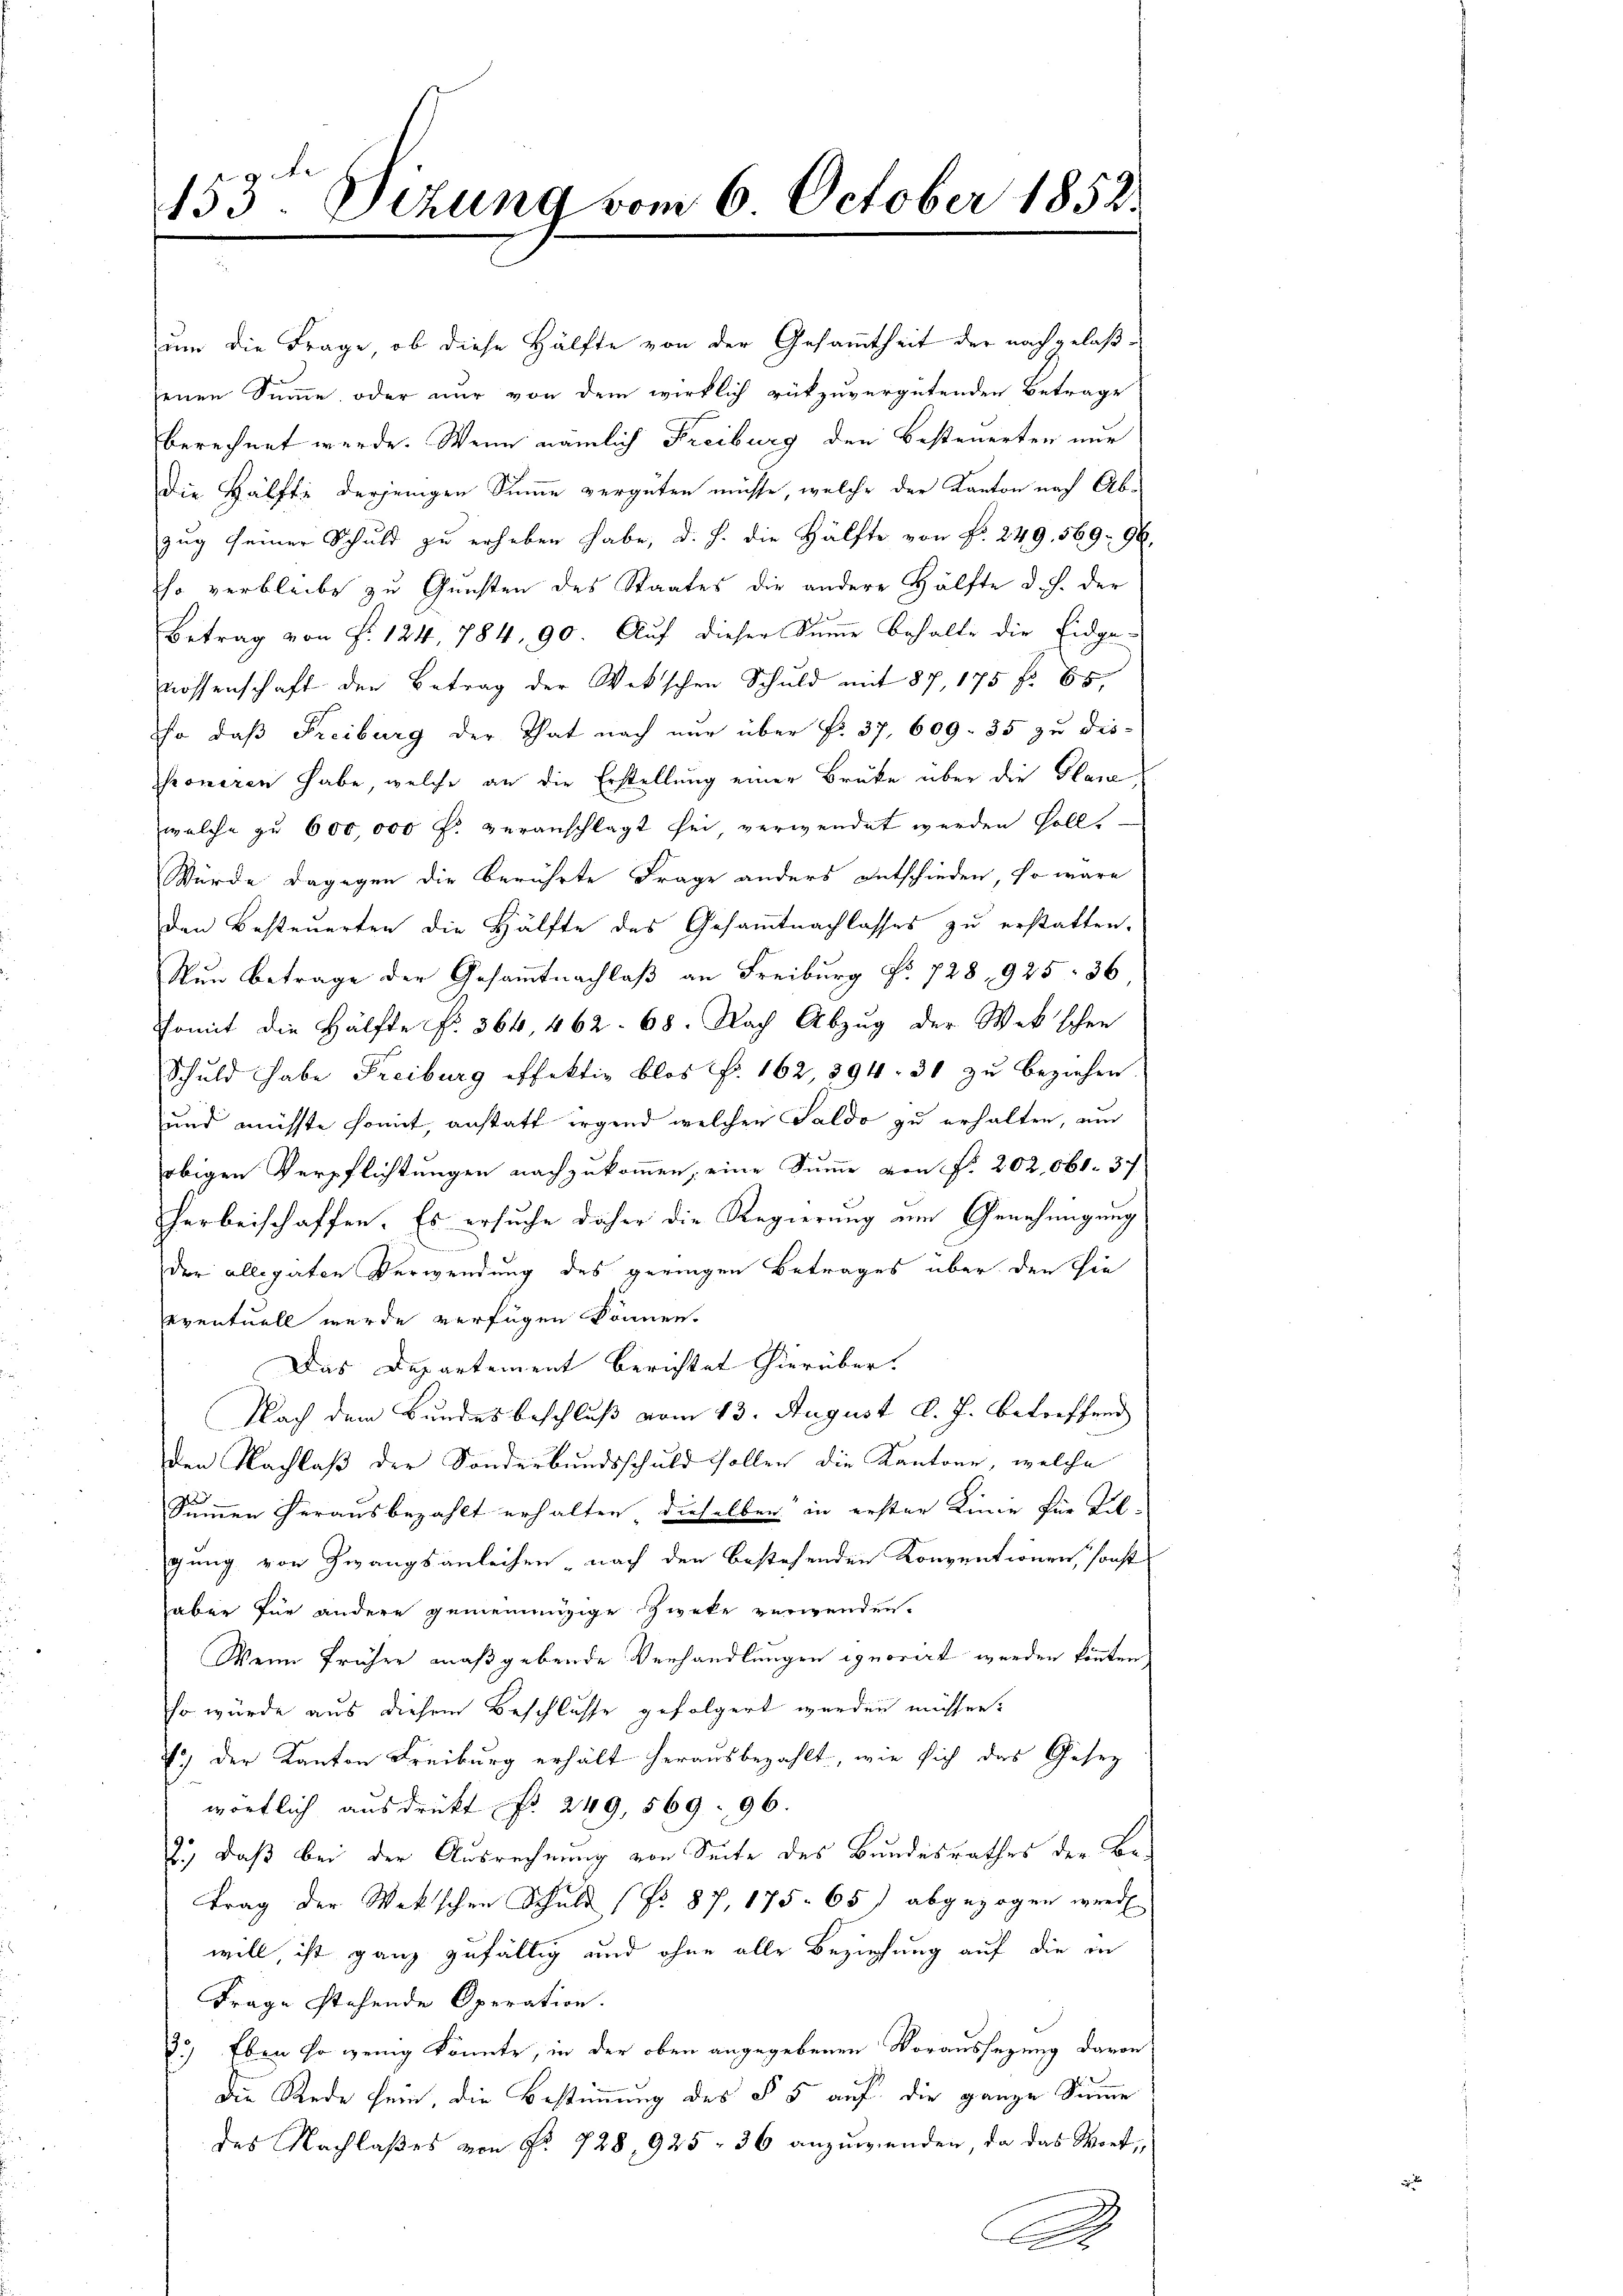
453. Sizung vom 6. October 1852.

um die Frage, ob diese Hälfte von der Gesammtheit der nachgelaßjenen Summe, oder nur von dem wirklich rükzuvergütenden Betrage
berechnet werde. Wenn nämlich Freiburg den Besteuerten nur
Die Hälfte derjenigen Summe vergüten müsse, welche der Kanton nach Abzug seiner Schuld zu erheben habe, d. h. die Hälfte von Nr. 249, 569. 96.
so verbleibe zu Gunsten des Staates die andere Hälfte d. J. der
Betrag von Fr. 124, 784, 90. Auf dieser Summe behalte die Eidge-
nossenschaft den Betrag der Wekschen Schuld mit 87, 175 f. 65,
so daß Freiburg der That nach nur über No. 37, 609. 35 zu dis-
roneren habe, welche an die Erstellung einer Brüke über die Plane
welche zu 600,000 f. veranschlagt sei, verwendet werden solle
Würde dagegen die berührte Frage anders entschieden, so wäre
den Besteuerten die Hälfte des Gesamtnachlasses zu erstatten.
Nun Betrage der Gesammtnachlaß an Freiburg No 728, 925 36
Somit die Hälfte fr. 364, 462. 68. Nach Abzug der Wek’schen
Schuld habe Freiburg effektiv blos f. 162, 894. 31 zu beziehen.
und müsste somit, anstatt irgend welchen Saldo zu erhalten, um
obigen Verpflichtungen nachzukommen, eine Summe von No. 202, 661. 37
harbeischaffen. Es ersuche daher die Regierung am Genehmigung
der allegaten Verwendung des geringen Betrages über den sie
seventuell wurde verfügen können.
Das Departement berichtet hierüber.
Nach dem Bundesbeschluß vom 13. August d. J. betreffend
den Nachlaß der Sonderbundsschuld sollen die Kantone, welche
2
Simmen herausbezahlt erhalten dieselben in erster Linie für Tilgung von Zwangsanleihen nach den bestehenden Konventionen, sonst
aber für andere gemeinnüzige Zweke verwenden.
Wenn früher maßgebende Verhandlungen ignorirt werden könnten
so würde aus diesem Beschlusse gefolgert werden müssen.
.) der Kanton Freiburg erhält herausbezahlt, wie sich das Gesez
wörtlich ausdrükt No. 249, 569. 96.
2.) Daß bei der Ausrechnung von Seite des Bundesrathes der Betrag der Wakschen Schuld (No 87, 175. 65) abgezogen werde.
will, ist ganz zufällig und ohne alle Beziehung auf die in
Frage stehende Operation.
33.) Eben so wenig konnte, in der oben angegebenen Voraussezung davon
die Rede sein, die Bestimmung des § 5 auf die ganze Sinne
des Nachlaßes von Fr. 728, 925 : 36 anzuwenden, da das Wort¬
A